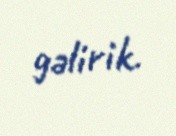
gəlirik.